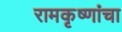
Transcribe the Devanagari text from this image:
रामकृष्णांचा